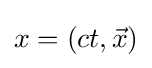
x=(ct,{\vec {x}})